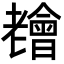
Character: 𦓊